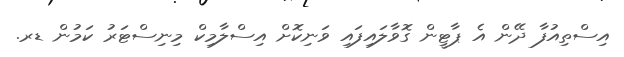
އިސްތިއުފާ ދޭން އެ ޕާޓީން ގޮވާލައިފައި ވަނިކޮށް އިސްލާމިކް މިނިސްޓަރު ކަމުން ޑރ.